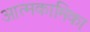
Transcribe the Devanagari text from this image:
आत्मकामिका